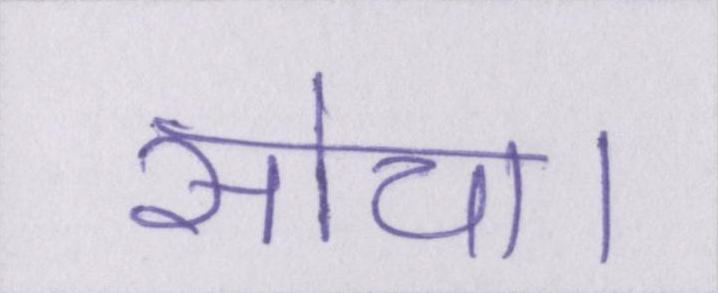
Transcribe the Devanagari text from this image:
सोचा।